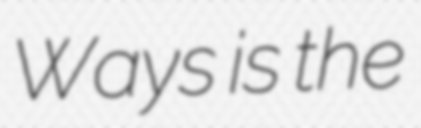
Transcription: Ways is the